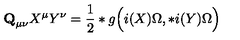
{ \bf Q } _ { \mu \nu } X ^ { \mu } Y ^ { \nu } = \frac 1 2 * g \Bigl ( i ( X ) \Omega , * i ( Y ) \Omega \Bigr )